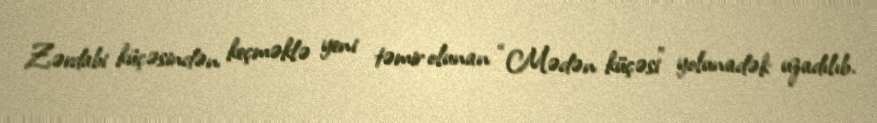
Zərdabi küçəsindən keçməklə yeni təmir olunan “Mədən küçəsi” yolunadək uzadılıb.